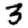
Digit: 3